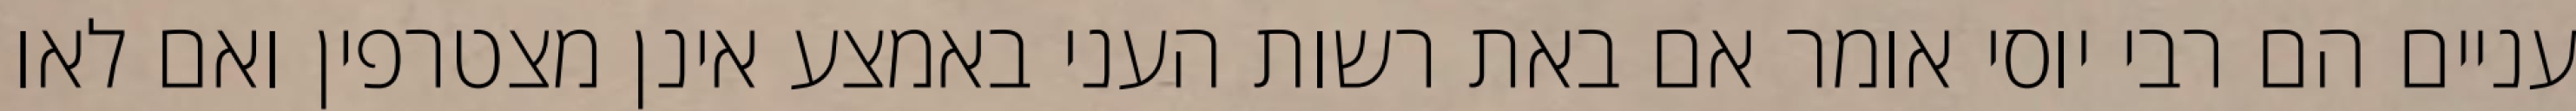
עניים הם רבי יוסי אומר אם באת רשות העני באמצע אינן מצטרפין ואם לאו